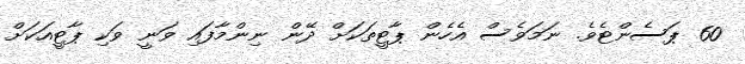
60 ޕަސެންޓެވެ. ނަމަވެސް އެހެން ޕާޓީތަކަށް ދޭން ނިންމާފައި ވަނީ ވަކި ޕާޓީއަކަށް